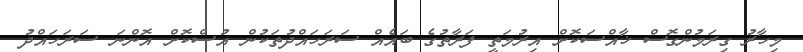
މިހާރު ގިރަމުންގޮސް ޚާއްސަކޮށް އިރުމަތީ ފަރާތުގެ ބައެއް ސަރަހައްދުތަކުން އުސްކޮށް އޮންނަ ސަރަހައްދު